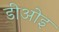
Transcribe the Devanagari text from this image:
डीओइ